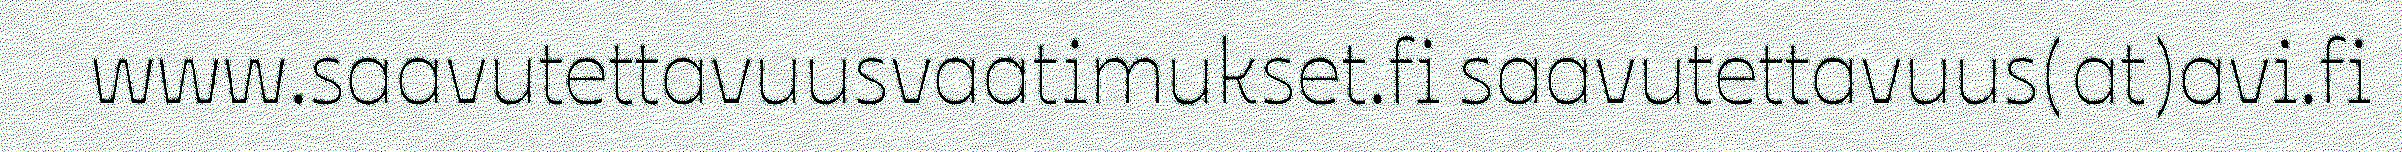
www.saavutettavuusvaatimukset.fi saavutettavuus(at)avi.fi